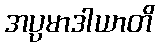
အပ္ပမာဒါယာတိ